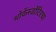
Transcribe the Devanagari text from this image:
थोर्केस्डॉटिरचा